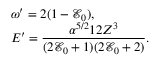
\begin{array} { l } { \omega ^ { \prime } = 2 ( 1 - \mathcal { E } _ { 0 } ) , } \\ { \displaystyle E ^ { \prime } = \frac { \alpha ^ { 5 / 2 } 1 2 Z ^ { 3 } } { ( 2 \mathcal { E } _ { 0 } + 1 ) ( 2 \mathcal { E } _ { 0 } + 2 ) } . } \end{array}